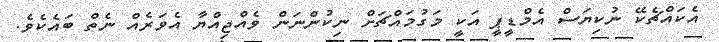
އެކައްޗެކޭ ނުކިޔަސް އެމްޑީޕީ އަކީ މަގުމައްޗަށް ނިކުންނަން ވެއްޖިއްޔާ އެވަރެއް ނެތް ބައެކެވެ.